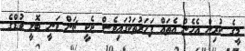
މީގެ ކުރިން އެހެން އެތައް ފަހަރުތަކުގައިވެސް ޖެކީ ޗަން ވަނީ ބޮލީ ވުޑްގެ